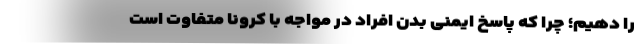
را دهیم؛ چرا که پاسخ ایمنی بدن افراد در مواجه با کرونا متفاوت است